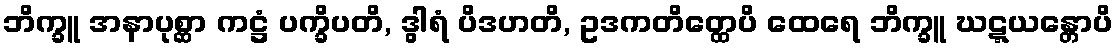
ဘိက္ခူ အနာပုစ္ဆာ ကဋ္ဌံ ပက္ခိပတိ, ဒွါရံ ပိဒဟတိ, ဥဒကတိတ္ထေပိ ထေရေ ဘိက္ခူ ဃဋ္ဋယန္တောပိ